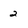
Character: 2